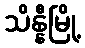
သိန္နီမြို့